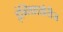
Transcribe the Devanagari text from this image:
इंग्लिशखेरीज